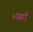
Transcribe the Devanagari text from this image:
।यहाँ